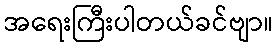
အရေးကြီးပါတယ်ခင်ဗျာ။